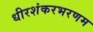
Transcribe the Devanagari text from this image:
धीरशंकरभरणम